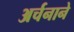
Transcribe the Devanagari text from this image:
अर्चनाने